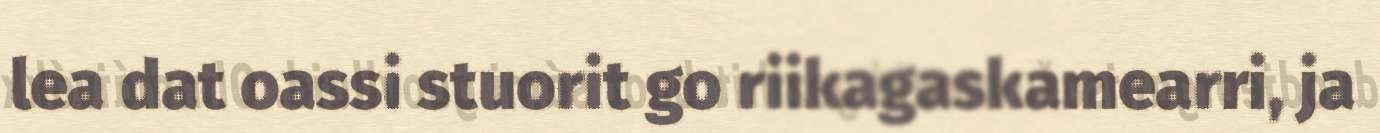
lea dat oassi stuorit go riikagaskamearri, ja